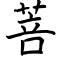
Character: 菩